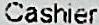
CASHIER